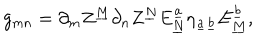
g _ { m n } = \partial _ { m } Z ^ { \underline { { M } } } \partial _ { n } Z ^ { \underline { { N } } } E _ { \underline { { N } } } ^ { \underline { { { a } } } } \eta _ { \underline { { { a } } } \underline { { { b } } } } E _ { \underline { { M } } } ^ { \underline { { { b } } } } ,